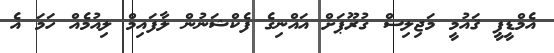
އެމްޑީޕީ ޤައުމީ މަޖިލިސް ގުރޫޕަށް އައްނިގެ ފެކްޝަނުން ލާފައިމް ލިއުމެއް ހަމަ އެ